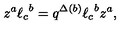
z ^ { a } { \ell _ { c } } ^ { b } = q ^ { \Delta ( b ) } { \ell _ { c } } ^ { b } z ^ { a } ,